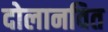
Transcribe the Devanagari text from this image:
दोलानवित